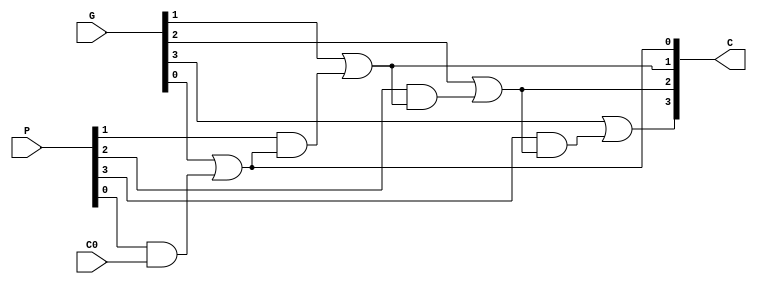
module Lab2_CLG_gate (C ,P, G,  C0);

	input [3:0] P,G;
	input C0;
	output[4:1]C;
	wire w1,w2,w3,w4;

	and G1(w1,P[0],C0);
	or  G2(C[1],G[0],w1);

	and G3(w2,P[1],C[1]);
	or  G4(C[2],G[1],w2);

	and G5(w3,P[2],C[2]);
	or  G6(C[3],G[2],w3);

	and G7(w4,P[3],C[3]);
	or  G8(C[4],G[3],w4);


endmodule